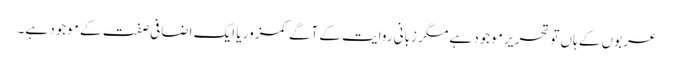
عربوں کے ہاں تو تحریر موجود ہے مگر زبانی روایت کے آگے کمزور یا ایک اضافی صفت کے موجود ہے۔